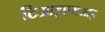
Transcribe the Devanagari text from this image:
टिआइएमआइ